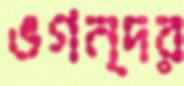
ভগন্দর